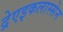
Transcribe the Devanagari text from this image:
द्रेएइकलास्सेन